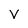
Character: V